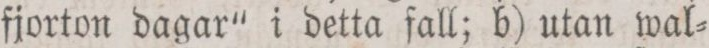
fjorton dagar“ i detta fall; b) utan wal=